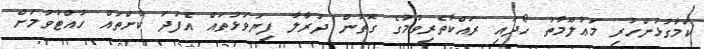
ކަމާގުޅުންހުރި މަޢުލޫމާތު ހޯދައި ރައްކާތެރިވުމުގެ ގޮތުން ދުރާލާ ފިޔަވަޅުތައް އެފަދަ ކުށްތައް ހުއްޓުވުމަށް